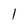
Character: 1